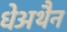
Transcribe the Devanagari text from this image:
धेअथैन